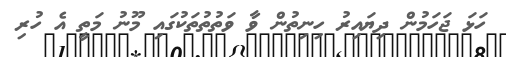
ހަޅަ ޖަހަމުން ދިޔައިރު ހިނިތުން ވާ ވަތުތުތަކުގައި މޫނު މަތީ އެ ހުރި